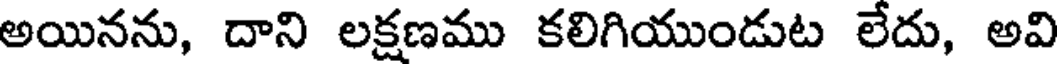
అయినను, దాని లక్షణము కలిగియుండుట లేదు, అవి